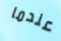
عندما